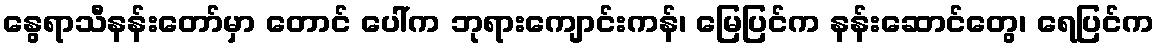
နွေရာသီနန်းတော်မှာ တောင် ပေါ်က ဘုရားကျောင်းကန်၊ မြေပြင်က နန်းဆောင်တွေ၊ ရေပြင်က